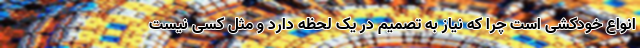
انواع خودکشی است چرا که نیاز به تصمیم در یک لحظه دارد و مثل کسی نیست